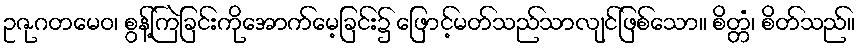
ဥဇုဂတမေဝ၊ စွန့်ကြဲခြင်းကိုအောက်မေ့ခြင်း၌ ဖြောင့်မတ်သည်သာလျင်ဖြစ်သော။ စိတ္တံ၊ စိတ်သည်။